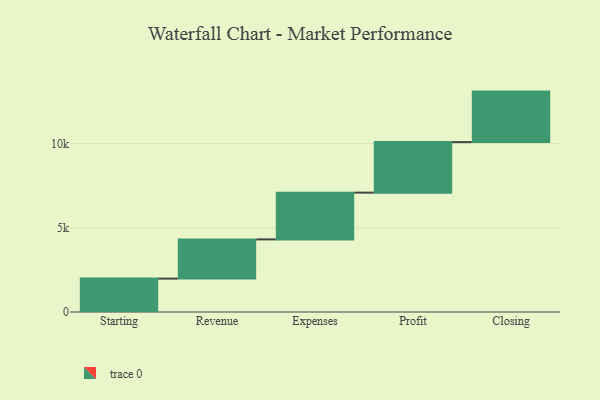
{"axis": {"x": "Step", "y": "Value"}, "legend": [""], "data": [{"x": "Starting", "y": 1983.0, "type": ""}, {"x": "Revenue", "y": 2328.0, "type": ""}, {"x": "Expenses", "y": 2776.0, "type": ""}, {"x": "Profit", "y": 3000, "type": ""}, {"x": "Closing", "y": 3000, "type": ""}]}